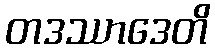
တဒဿာဒေတိ